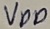
Text: VDD